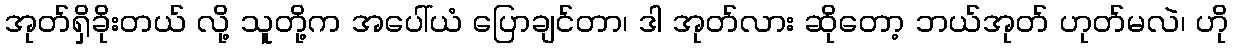
အုတ်ရှိခိုးတယ် လို့ သူတို့က အပေါ်ယံ ပြောချင်တာ၊ ဒါ အုတ်လား ဆိုတော့ ဘယ်အုတ် ဟုတ်မလဲ၊ ဟို